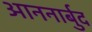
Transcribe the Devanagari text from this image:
आननार्बुद